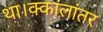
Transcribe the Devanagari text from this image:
था।क्कालांतर